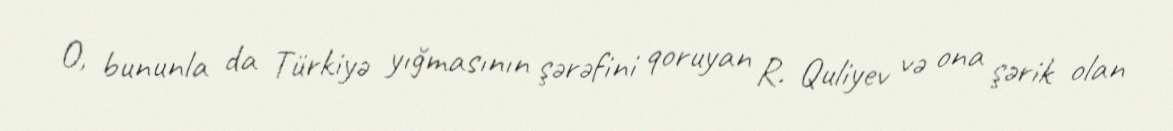
O, bununla da Türkiyə yığmasının şərəfini qoruyan R. Quliyev və ona şərik olan